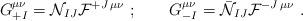
LaTeX: \begin{align*}G_{+I }^{\mu\nu} ={\cal N}_{I J }{\cal F}^{+J \,\mu\nu}\ ;\qquad G_{-I }^{\mu\nu} =\bar{\cal N}_{I J }{\cal F}^{-J \,\mu\nu}\ .\end{align*}